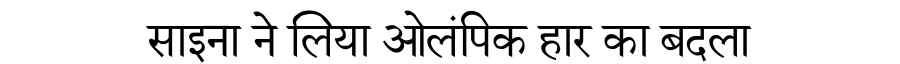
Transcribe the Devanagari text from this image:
साइना ने लिया ओलंपिक हार का बदला